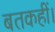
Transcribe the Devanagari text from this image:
बतकहीं।